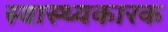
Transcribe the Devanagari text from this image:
स्वास्थ्यकारक